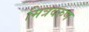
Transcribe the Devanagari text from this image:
मित्रवरुण